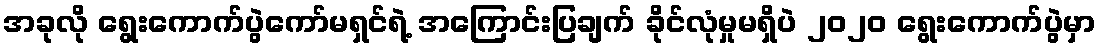
အခုလို ရွေးကောက်ပွဲကော်မရှင်ရဲ့ အကြောင်းပြချက် ခိုင်လုံမှုမရှိပဲ ၂၀၂၀ ရွေးကောက်ပွဲမှာ